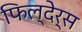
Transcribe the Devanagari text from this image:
फिल्देर्स